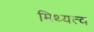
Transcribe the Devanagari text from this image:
मिथ्यत्व